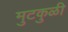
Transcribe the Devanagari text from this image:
मुटकुळी